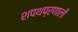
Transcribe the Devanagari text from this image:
शपथप्रणाली